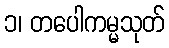
၁၊ တပေါကမ္မသုတ်